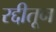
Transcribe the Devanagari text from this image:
रद्दीतून